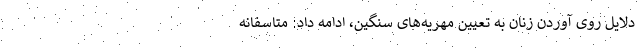
دلایل روی آوردن زنان به تعیین مهریه‌های سنگین، ادامه داد: متاسفانه